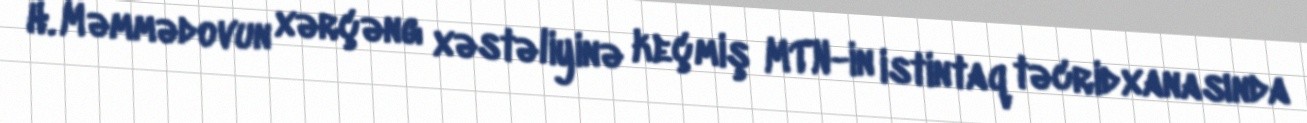
H. Məmmədovun xərçəng xəstəliyinə keçmiş MTN-in istintaq təcridxanasında